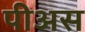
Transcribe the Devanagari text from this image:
पीअस